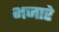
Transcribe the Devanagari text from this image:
भजारे